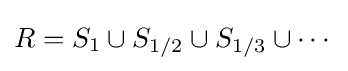
R=S_{1}\cup S_{1/2}\cup S_{1/3}\cup \cdots